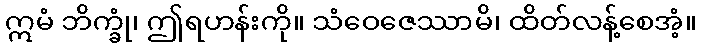
ဣမံ ဘိက္ခုံ၊ ဤရဟန်းကို။ သံဝေဇေဿာမိ၊ ထိတ်လန့်စေအံ့။